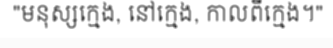
"មនុស្សក្មេង, នៅក្មេង, កាលពីក្មេង។"